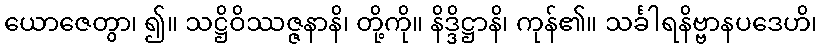
ယောဇေတွာ၊ ၍။ သဋ္ဌိဝိဿဇ္ဇနာနိ၊ တို့ကို။ နိဒ္ဒိဋ္ဌာနိ၊ ကုန်၏။ သင်္ခါရနိဗ္ဗာနပဒေဟိ၊